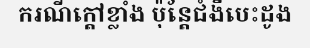
ករណីក្តៅខ្លាំង ប៉ុន្តែជំងឺបេះដូង